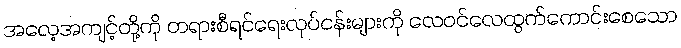
အလေ့အကျင့်တို့ကို တရားစီရင်ရေးလုပ်ငန်းများကို လေဝင်လေထွက်ကောင်းစေသော